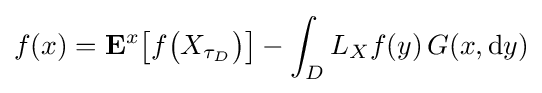
f(x)=\mathbf {E} ^{x}{\big [}f{\big (}X_{\tau _{D}}{\big )}{\big ]}-\int _{D}L_{X}f(y)\,G(x,\mathrm {d} y)